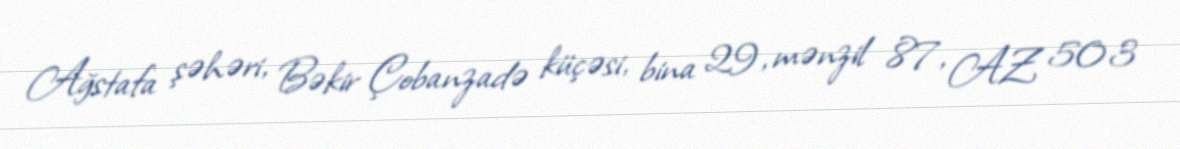
Ağstafa şəhəri, Bəkir Çobanzadə küçəsi, bina 29, mənzil 87, AZ 503